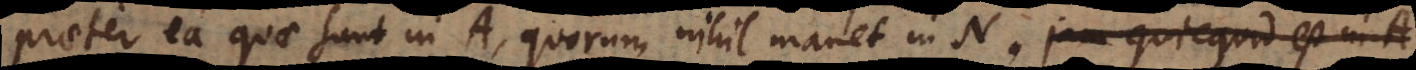
praeter ea quae sunt in A, quorum nihil manet in N. T XI I n d